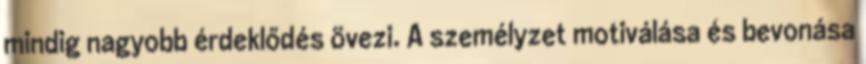
mindig nagyobb érdeklődés övezi. A személyzet motiválása és bevonása